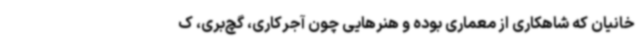
خانیان که شاهکاری از معماری بوده و هنرهایی چون آجرکاری، گچ‌بری، ک